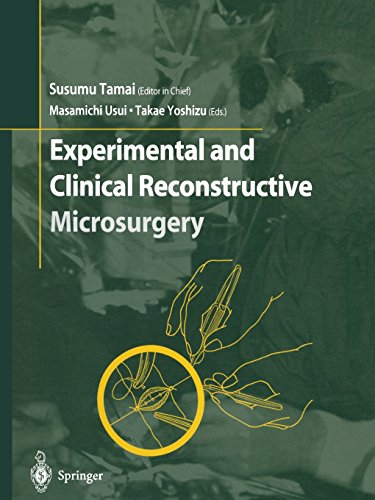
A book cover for Experimental and Clinical Reconstructive Microsurgery; Medical Books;